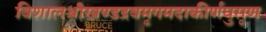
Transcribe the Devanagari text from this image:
विशालश्रीखण्डद्रवमृगमदाकीर्णघुसृण